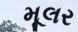
મૂલર